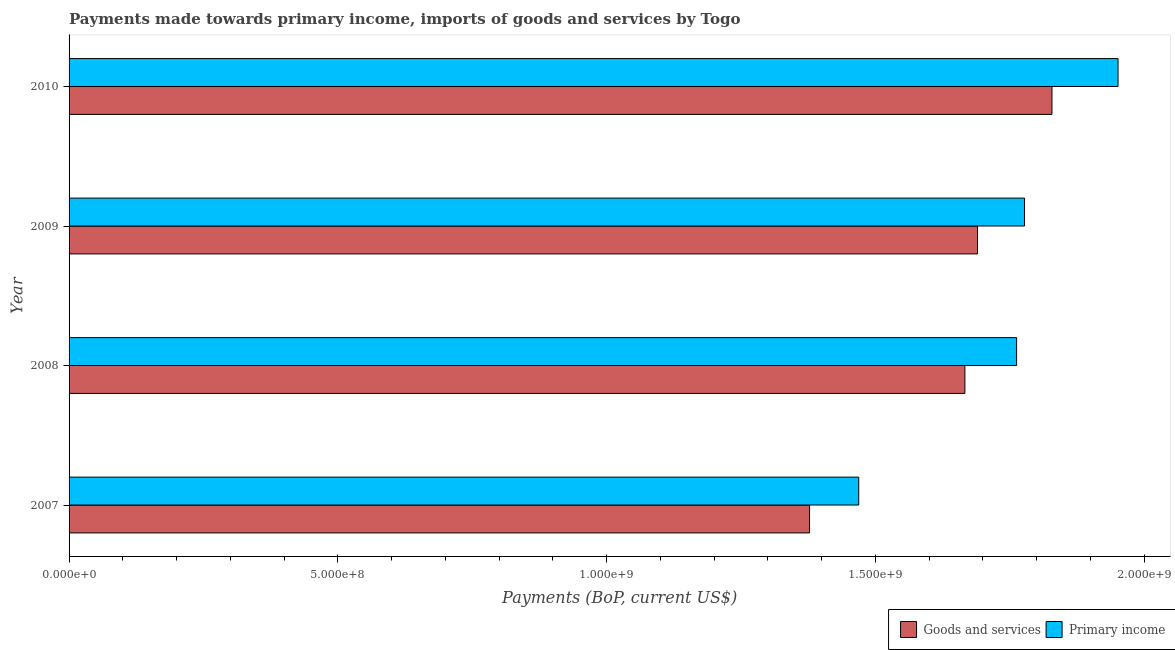
| Year | Goods and services | Primary income |
 | --- | --- | --- |
 | 2007 | 1.38e+09 | 1.47e+09 |
 | 2008 | 1.67e+09 | 1.76e+09 |
 | 2009 | 1.69e+09 | 1.78e+09 |
 | 2010 | 1.83e+09 | 1.95e+09 |